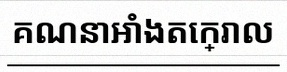
គណនាអាំងតេក្រាល